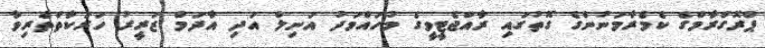
ޕްރޮގްރާމްގެ ކެމެރާމަނުންގެ ގޮތުގައި ރާއްޖެޓީވީގެ މުހައްމަދު އަނިލް އަދި އާދަމް ޒަރީރު ހަރަކާތްތެރިވާ